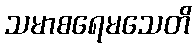
သမာစရေမသေတိ